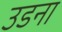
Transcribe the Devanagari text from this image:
उडना